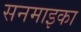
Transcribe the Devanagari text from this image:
सनमाइका